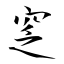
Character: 窆